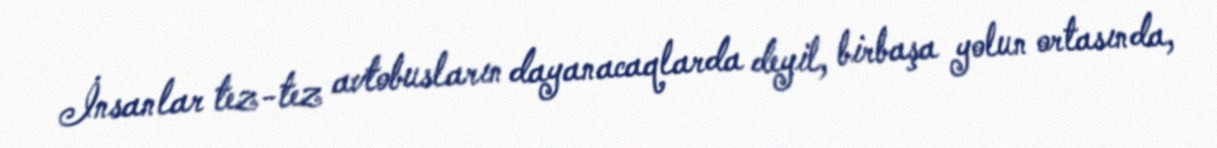
İnsanlar tez-tez avtobusların dayanacaqlarda deyil, birbaşa yolun ortasında,